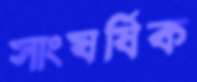
সাংঘর্ষিক